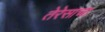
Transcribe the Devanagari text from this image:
तेरेसाचा